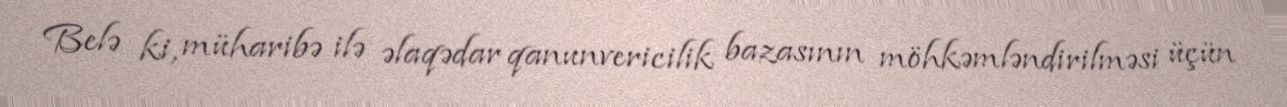
Belə ki, müharibə ilə əlaqədar qanunvericilik bazasının möhkəmləndirilməsi üçün